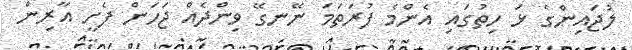
ލުޖައިންގެ ޅަ ހިތުގައި އެންމެ ފުރަތަމަ ނޭނގޭ ވިންދެއް ޖަހަން ފެށީ އާރިން